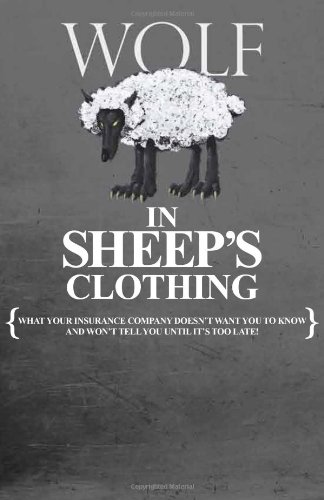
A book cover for A Wolf in Sheep's Clothing: What Your Insurance Company Doesn't Want You To Know and Won't Tell You Until It's Too Late!; America's Premier Attorneys; Business & Money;